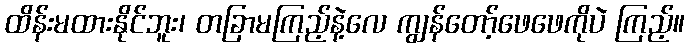
ထိန်းမထားနိုင်ဘူး၊ တခြာမကြည့်နဲ့လေ ကျွန်တော့်ဖေဖေကိုပဲ ကြည့်။